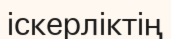
іскерліктің